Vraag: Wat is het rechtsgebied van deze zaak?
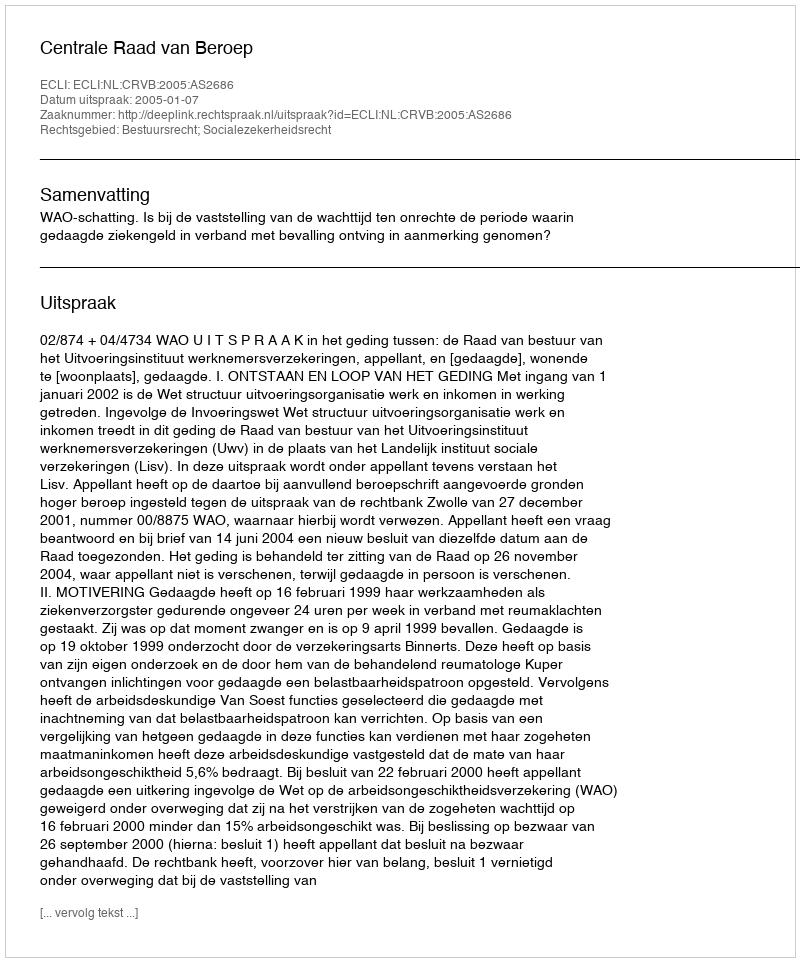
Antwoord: Bestuursrecht; Socialezekerheidsrecht